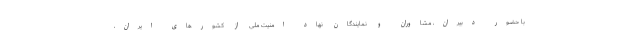
با حضور دبیران، مشاوران و نمایندگان نهاد امنیت ملی از کشورهای ایران،